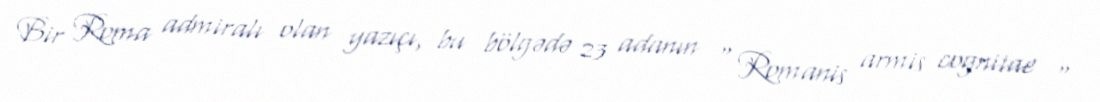
Bir Roma admiralı olan yazıçı, bu bölgədə 23 adanın " Romanis armis cognitae "